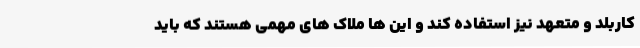
کاربلد و متعهد نیز استفاده کند و این ها ملاک های مهمی هستند که باید